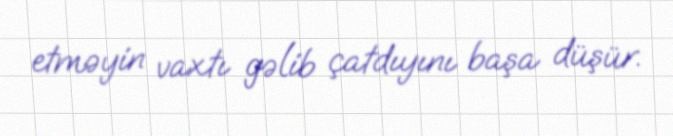
etməyin vaxtı gəlib çatdıyını başa düşür.